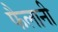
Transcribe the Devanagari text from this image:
फैलानी